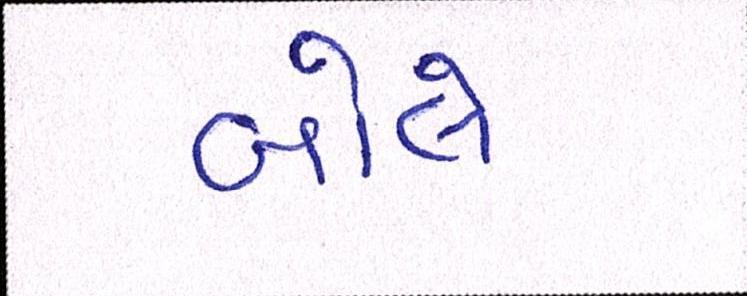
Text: બોલો